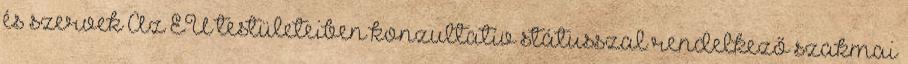
és szervek Az EU testületeiben konzultatív státusszal rendelkező szakmai